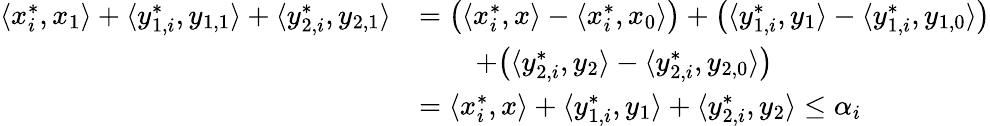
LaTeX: \begin{array}{r}{\begin{array}{ll}{\langle x_{i}^{*},x_{1}\rangle+\langle y_{1,i}^{*},y_{1,1}\rangle+\langle y_{2,i}^{*},y_{2,1}\rangle}&{=\big(\langle x_{i}^{*},x\rangle-\langle x_{i}^{*},x_{0}\rangle\big)+\big(\langle y_{1,i}^{*},y_{1}\rangle-\langle y_{1,i}^{*},y_{1,0}\rangle\big)}\\ &{\qquad+\big(\langle y_{2,i}^{*},y_{2}\rangle-\langle y_{2,i}^{*},y_{2,0}\rangle\big)}\\ &{=\langle x_{i}^{*},x\rangle+\langle y_{1,i}^{*},y_{1}\rangle+\langle y_{2,i}^{*},y_{2}\rangle\leq\alpha_{i}}\end{array}}\end{array}